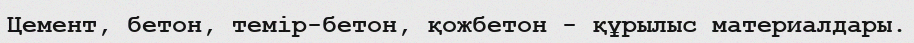
Цемент, бетон, темір-бетон, қожбетон - құрылыс материалдары.